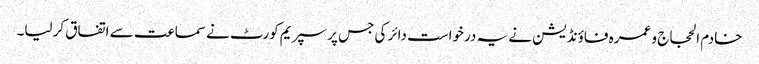
خادم الحجاج و عمرہ فاؤنڈیشن نے یہ درخواست دائر کی جس پر سپریم کورٹ نے سماعت سے اتفاق کرلیا۔